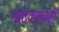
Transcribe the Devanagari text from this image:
नाटकांचाही